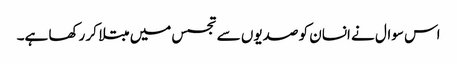
اس سوال نے انسان کو صدیوں سے تجسس میں مبتلا کر رکھا ہے۔